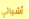
أشيائي